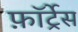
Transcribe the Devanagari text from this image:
फ़ॉर्ट्रेस